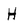
Character: H